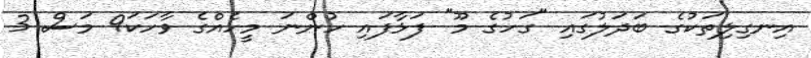
އިނގިލިތަކުގެ ބަދަލުގައި "ގަހުގެ މޫ" ފަޅާފައި ހުންނަ މީހެއްގެ ވާހަކަ9 މަސް 3